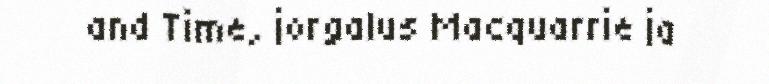
and Time, jorgalus Macquarrie ja